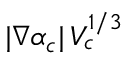
| \nabla \alpha _ { c } | \, V _ { c } ^ { 1 / 3 }